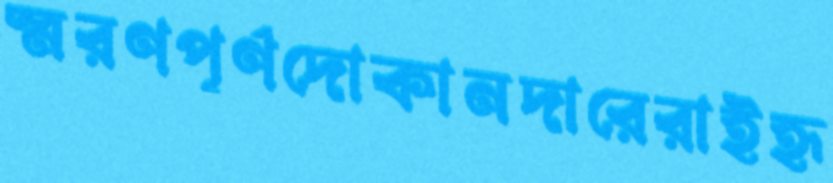
স্মরণপূর্ণদোকানদারেরাইহৃ